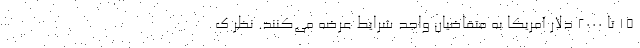
۱۵ تا ۲۰۰۰ دلار آمریکا به متقاضیان واجد شرایط عرضه می‌کنند. نظر ک